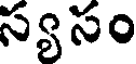
స్యసం